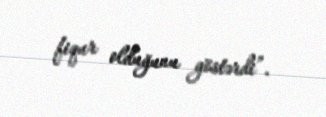
fiqur olduğunu göstərdi”.